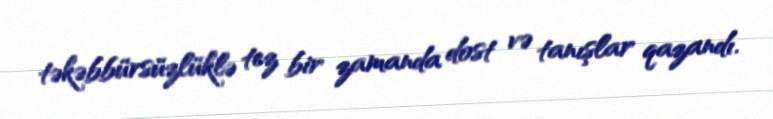
təkəbbürsüzlüklə tez bir zamanda dost və tanışlar qazandı.